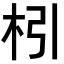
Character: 𣏖